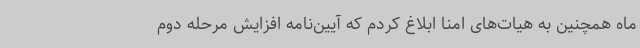
ماه همچنین به هیات‌های امنا ابلاغ کردم که آیین‌نامه افزایش مرحله دوم